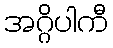
အဂ္ဂိပါကီ